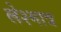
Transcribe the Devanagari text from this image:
लेश्मात्र